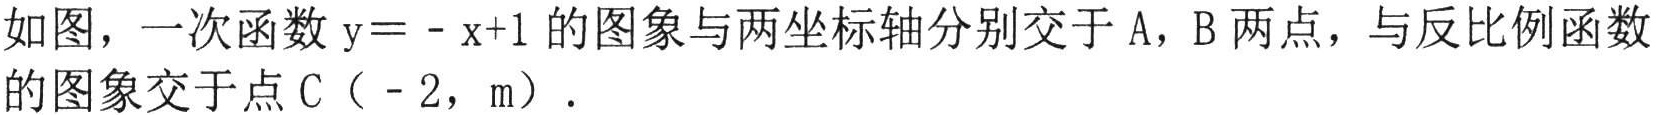
如图，一次函数\(y = - x + 1\)的图象与两坐标轴分别交于\(A\)，\(B\)两点，与反比例函数的图象交于点\(C（ - 2，m）\)．